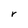
Character: r